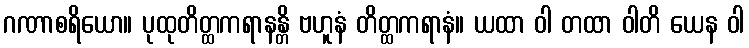
ဂဏာစရိယော။ ပုထုတိတ္ထကရာနန္တိ ဗဟူနံ တိတ္ထကရာနံ။ ယထာ ဝါ တထာ ဝါတိ ယေန ဝါ